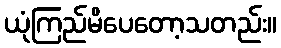
ယုံကြည်မိပေတော့သတည်း။